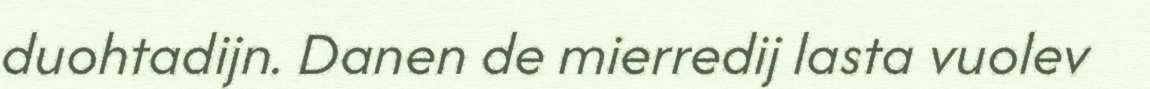
duohtadijn. Danen de mierredij lasta vuolev